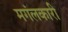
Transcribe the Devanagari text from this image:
मगंलकारी